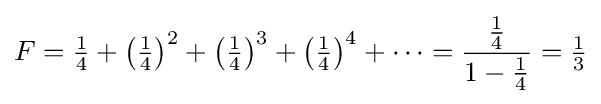
F={\tfrac {1}{4}}+\left({\tfrac {1}{4}}\right)^{2}+\left({\tfrac {1}{4}}\right)^{3}+\left({\tfrac {1}{4}}\right)^{4}+\cdots ={\frac {\frac {1}{4}}{1-{\frac {1}{4}}}}={\tfrac {1}{3}}